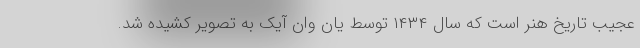
عجیب تاریخ هنر است که سال ۱۴۳۴ توسط یان وان آیک به تصویر کشیده شد.